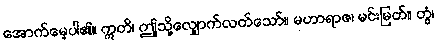
အောက်မေ့ပါ၏။ ဣတိ၊ ဤသို့လျှောက်လတ်သော်။ မဟာရာဇ၊ မင်းမြတ်။ တွံ၊